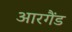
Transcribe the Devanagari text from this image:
आरगैंड